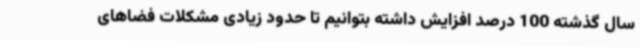
سال گذشته 100 درصد افزایش داشته بتوانیم تا حدود زیادی مشکلات فضاهای